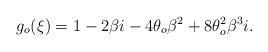
LaTeX: \begin{align*}g_{o}(\xi)=1-2\beta i-4\theta_{o} \beta^{2}+8\theta_{o}^{2} \beta^{3} i.\end{align*}